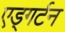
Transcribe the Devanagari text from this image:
एड्गर्टन